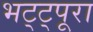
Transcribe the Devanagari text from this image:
भट्ट्पूरा